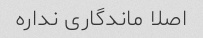
اصلا ماندگاری نداره